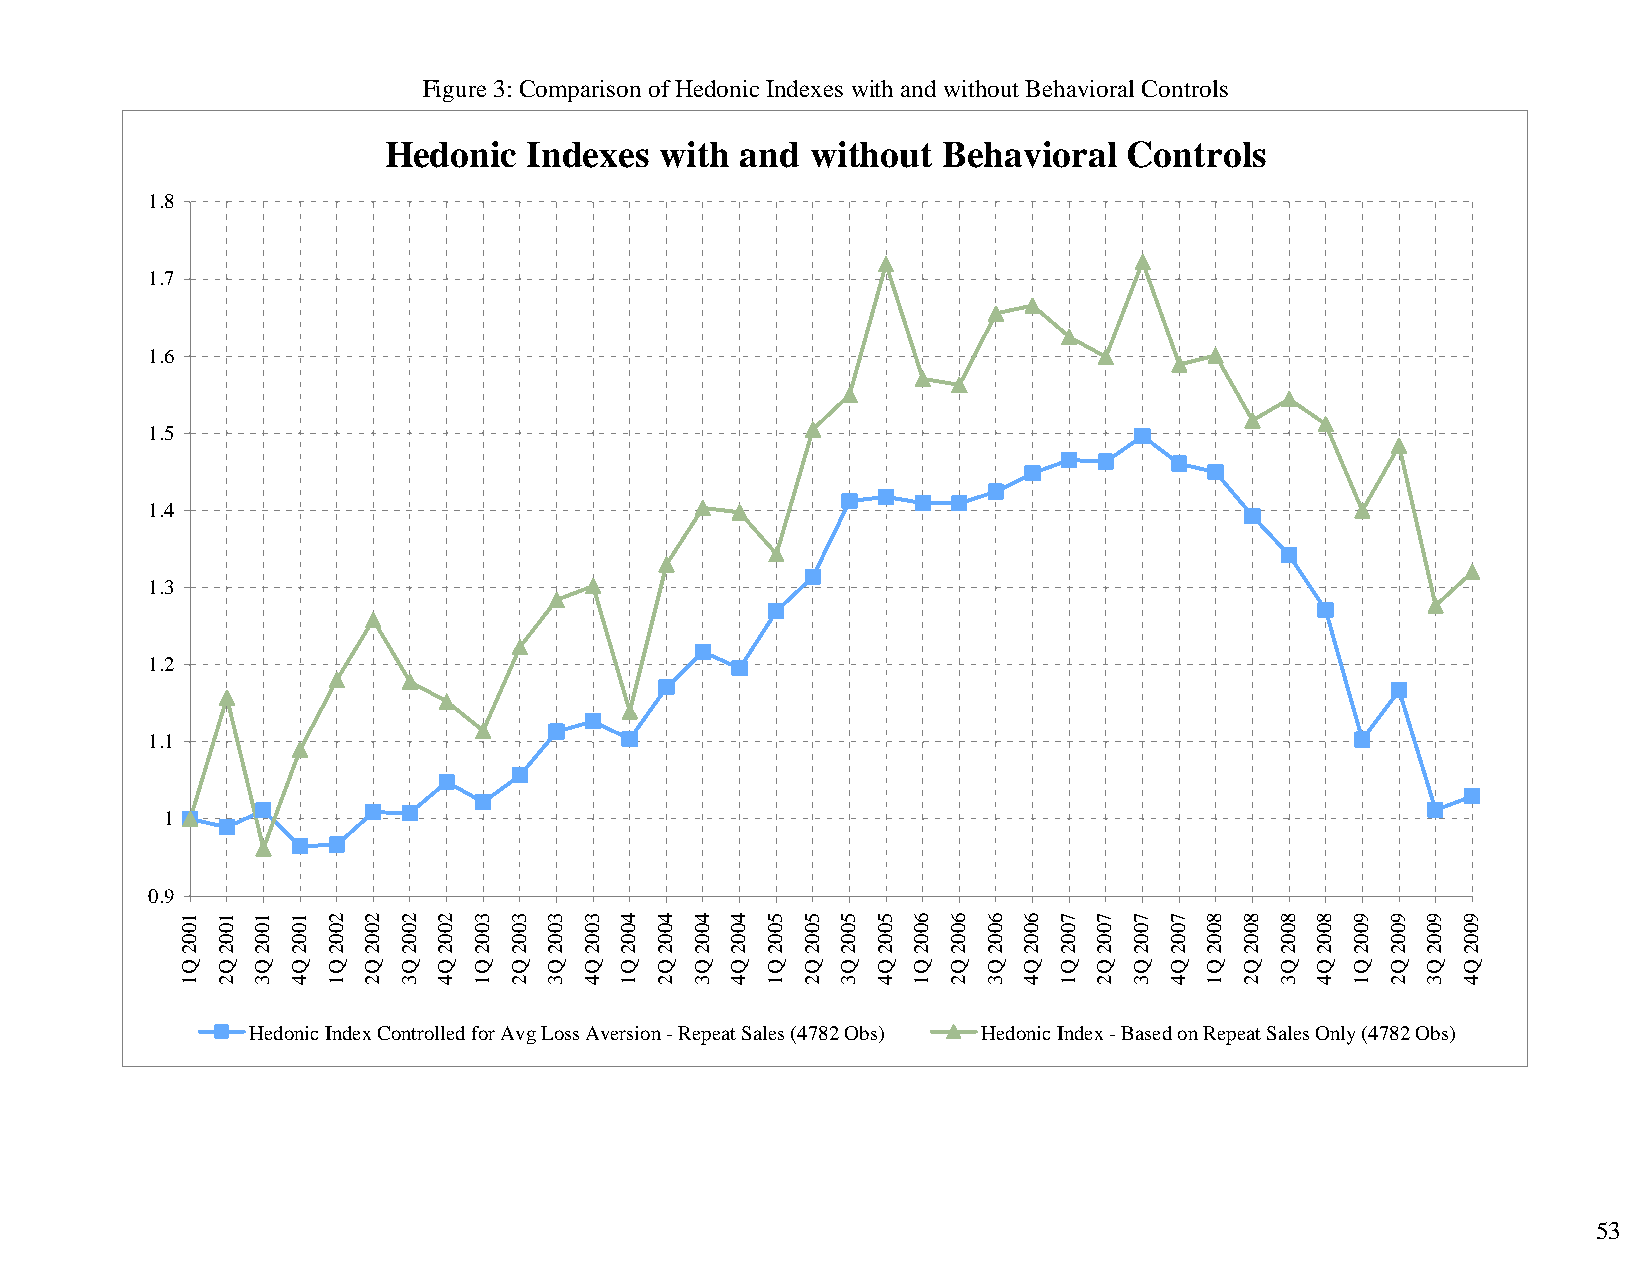
Figure 3: Comparison of Hedonic Indexes with and without Behavioral Controls
 Hedonic   Indexes  with and  without Behavioral   Controls
 1.8
 1.7
 1.6
 1.5
 1.4
 1.3
 1.2
 1.1
 1
 0.9
 Hedonic Index Controlled for Avg Loss Aversion - Repeat Sales (4782 Obs) Hedonic Index - Based on Repeat Sales Only (4782 Obs)
 53
 1002
 Q1
 1002
 Q2
 1002
 Q3
 1002
 Q4
 2002
 Q1
 2002
 Q2
 2002
 Q3
 2002
 Q4
 3002
 Q1
 3002
 Q2
 3002
 Q3
 3002
 Q4
 4002
 Q1
 4002
 Q2
 4002
 Q3
 4002
 Q4
 5002
 Q1
 5002
 Q2
 5002
 Q3
 5002
 Q4
 6002
 Q1
 6002
 Q2
 6002
 Q3
 6002
 Q4
 7002
 Q1
 7002
 Q2
 7002
 Q3
 7002
 Q4
 8002
 Q1
 8002
 Q2
 8002
 Q3
 8002
 Q4
 9002
 Q1
 9002
 Q2
 9002
 Q3
 9002
 Q4